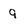
Character: 9